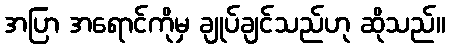
အပြာ အရောင်ကိုမှ ချုပ်ချင်သည်ဟု ဆိုသည်။